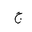
Letter: _gim